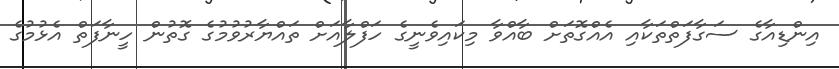
އިންޑިއާގެ ސަގާފަތްތަކާއި އެއްގޮތަށް ބާއްވާ މިކައިވެނީގެ ހަފްލާއަށް ތައްޔާރުވުމުގެ ގޮތުން ހީނާފަތް އެޅުމުގެ